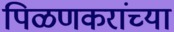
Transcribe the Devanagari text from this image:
पिळणकरांच्या